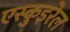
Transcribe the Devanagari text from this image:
एस्कुइरेल